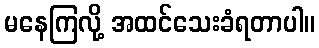
မနေကြလို့ အထင်သေးခံရတာပါ။